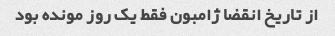
از تاریخ انقضا ژامبون فقط یک روز مونده بود